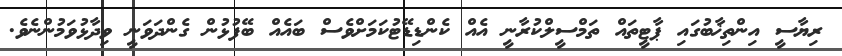
ރިޔާސީ އިންތިޚާބުގައި ޕާޓީތައް ތަމްސީލްކުރާނީ އެއް ކެންޑިޑޭޓުކަމަށްވެސް ބައެއް ބޭފުޅުން ގެންދަވަނީ ވިދާޅުވަމުންނެވެ.